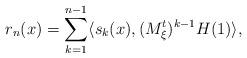
LaTeX: \begin{align*}r_n(x) = \sum_{k=1}^{n-1}\langle s_k (x) ,(M_\xi^t)^{k-1} H(1)\rangle ,\end{align*}